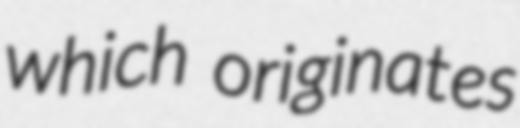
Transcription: which originates